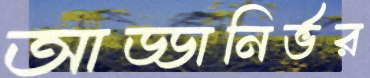
আড্ডানির্ভর